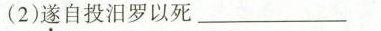
(2)遂自投汨罗以死___